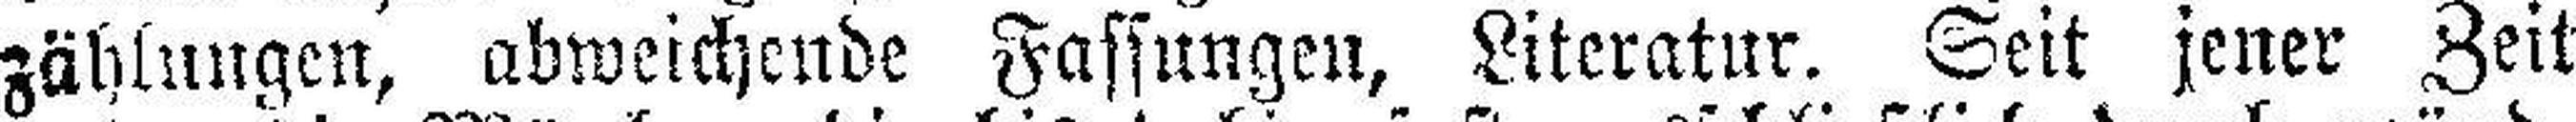
zählungen, abweichende Fassungen, Literatur. Seit jener Zeit